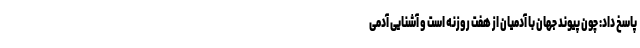
پاسخ داد: چون پیوند جهان با آدمیان از هفت روزنه است و آشنایی آدمی